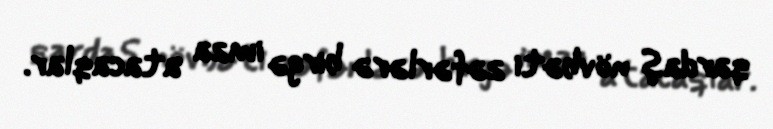
qardaş növbəti zəfərlərə birgə imza atacaqlar.